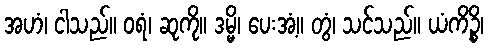
အဟံ၊ ငါသည်။ ဝရံ၊ ဆုကို။ ဒမ္မိ၊ ပေးအံ့။ တွံ၊ သင်သည်။ ယံကိဉ္စိ၊